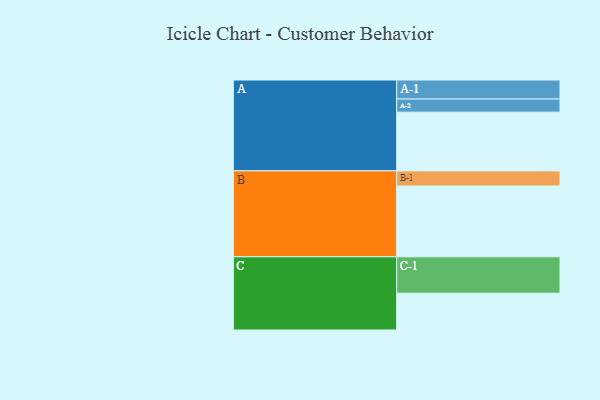
{"axis": {"x": "Segment", "y": "Value"}, "legend": ["", "A", "B", "C"], "data": [{"x": "A", "y": 482, "type": ""}, {"x": "B", "y": 581, "type": ""}, {"x": "C", "y": 302, "type": ""}, {"x": "A-1", "y": 156, "type": "A"}, {"x": "A-2", "y": 108, "type": "A"}, {"x": "B-1", "y": 124, "type": "B"}, {"x": "C-1", "y": 299, "type": "C"}]}